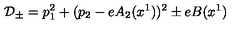
{ \cal D } _ { \pm } = p _ { 1 } ^ { 2 } + ( p _ { 2 } - e A _ { 2 } ( x ^ { 1 } ) ) ^ { 2 } \pm e B ( x ^ { 1 } )